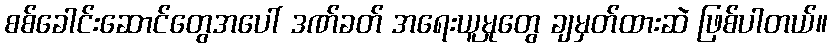
စစ်ခေါင်းဆောင်တွေအပေါ် ဒဏ်ခတ် အရေးယူမှုတွေ ချမှတ်ထားဆဲ ဖြစ်ပါတယ်။